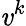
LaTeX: \mathit{v}^{k}